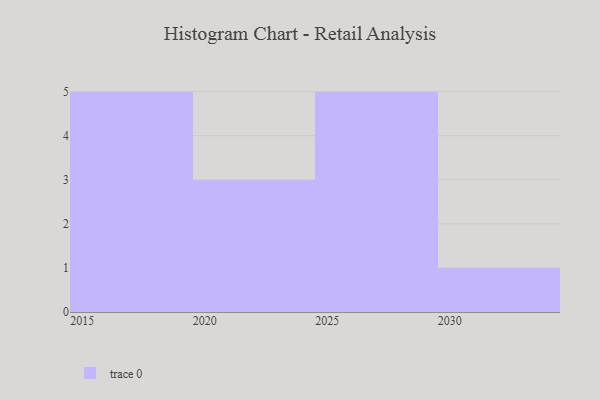
{"axis": {"x": "Year", "y": "LTV (USD)"}, "legend": [""], "data": [{"x": "2029", "y": 40, "type": ""}, {"x": "2022", "y": 17, "type": ""}, {"x": "2026", "y": 80, "type": ""}, {"x": "2025", "y": 55, "type": ""}, {"x": "2019", "y": 98, "type": ""}, {"x": "2017", "y": 88, "type": ""}, {"x": "2018", "y": 85, "type": ""}, {"x": "2020", "y": 5, "type": ""}, {"x": "2027", "y": 13, "type": ""}, {"x": "2030", "y": 28, "type": ""}, {"x": "2023", "y": 77, "type": ""}, {"x": "2028", "y": 49, "type": ""}, {"x": "2016", "y": 36, "type": ""}, {"x": "2015", "y": 92, "type": ""}]}